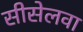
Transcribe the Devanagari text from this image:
सीसेलवा